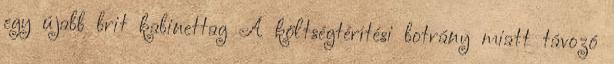
egy újabb brit kabinettag A költségtérítési botrány miatt távozó